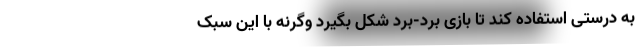
به درستی استفاده کند تا بازی بُرد-بُرد شکل بگیرد وگرنه با این سبک